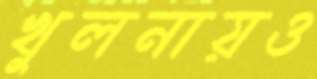
খুলনায়ও